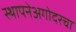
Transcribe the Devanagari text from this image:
स्थापनेअगोदरचा